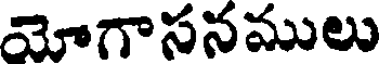
యోగాసనములు